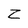
Character: Z